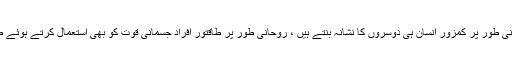
زیادہ تر مشاہدہ میں آیا ہے کہ روحانی طور پر کمزور انسان ہی دوسروں کا نشانہ بنتے ہیں ، روحانی طور پر طاقتور افراد جسمانی قوت کو بھی استعمال کرتے ہوئے طاقت و جرأت کا مظاہرہ کرتے ہیں۔